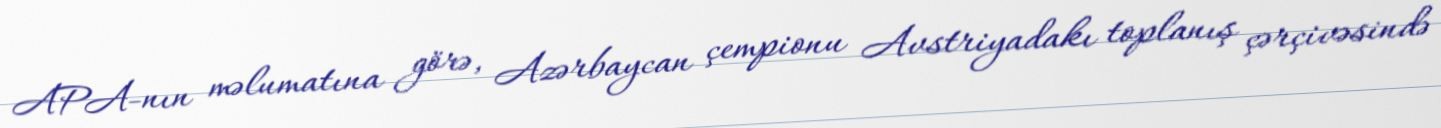
APA-nın məlumatına görə, Azərbaycan çempionu Avstriyadakı toplanış çərçivəsində